Lunatic asylums Central Provinces reports 1886-1894 - 1886-1894
Year: 1886
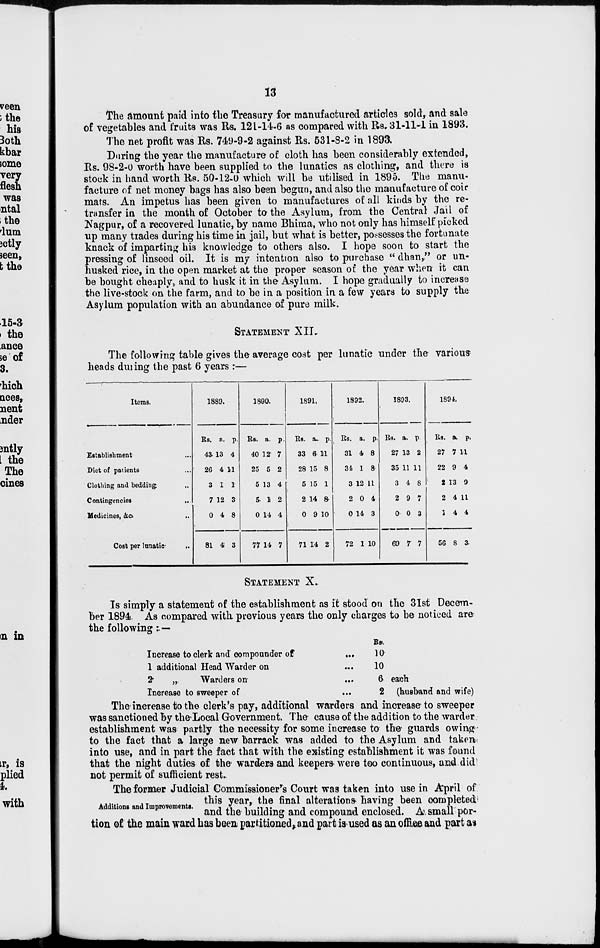
13
The amount paid into the Treasury for manufactured articles sold, and sale
of vegetables and fruits was Rs. 121-14-6 as compared with Rs. 31-11-1 in 1893.
The net profit was Rs. 749-9-2 against Rs. 531-8-2 in 1893.
During the year the manufacture of cloth has been considerably extended,
Rs. 98-2-0 worth have been supplied to the lunatics as clothing, and there is
stock in hand worth Rs. 50-12-0 which will be utilised in 1895. The manu-
facture of net money bags has also been begun, and also the manufacture of coir
mats. An impetus has been given to manufactures of all kinds by the re-
transfer in the month of October to the Asylum, from the Central Jail of
Nagpur, of a recovered lunatic, by name Bhima, who not only has himself picked
up many trades during his time in jail, but what is better, possesses the fortunate
knack of imparting his knowledge to others also. I hope soon to start the
pressing of linseed oil. It is my intention also to purchase " dhan," or un-
husked rice, in the open market at the proper season of the year when it can
be bought cheaply, and to husk it in the Asylum. I hope gradually to increase
the live-stock on the farm, and to be in a position in a few years to supply the
Asylum population with an abundance of pure milk.
STATEMENT
XII.
The following table gives the average cost per lunatic under the various
heads during the past 6 years :—
Items.
Establishment ...
Diet of patients ...
Clothing and bedding ...
Contingencies ...
Medicines, &c. ...
Cost per lunatic
...
1889.
Rs.
43
26
3
7
0
81
a.
13
4
1
12
4
4
p.
4
11
1
3
8
3
1890.
Rs.
40
25
5
5
0
77
a.
12
5
13
1
14
14
p.
7
2
4
2
4
7
1891.
Rs.
33
28
5
2
0
71
a.
6
15
15
14
9
14
p.
11
8
1
8
10
2
1892.
Rs.
31
34
3
2
0
72
a.
4
1
12
0
14
1
p.
8
8
11
4
3
10
1893.
Rs.
27
35
3
2
0
69
a.
13
11
4
9
0
7
p.
2
11
8
7
3
7
1894.
Rs.
27
22
2
2
1
56
a.
7
9
13
4
4
8
p.
11
4
9
11
4
3
STATEMENT X.
Is simply a statement of the establishment as it stood on the 31st Decem-
ber 1894. As compared with previous years the only charges to be noticed are
the following:.—
Increase to clerk and compounder of
...
1 additional Head Warder on ...
2
„ Warders on ...
Increase to sweeper of ...
Rs.
10
10
6 each
2 (husband and wife)
The increase to the clerk's pay, additional warders and increase to sweeper
was sanctioned by the Local Government. The cause of the addition to the warder
establishment was partly the necessity for some increase to the guards owing
to the fact that a large new barrack was added to the Asylum and taken
into use, and in part the fact that with the existing establishment it was found
that the night duties of the' warders and keepers were too continuous, and did
not permit of sufficient rest.
Additions and Improvements.
The former Judicial Commissioner's Court was taken into use in April of
this year, the final alterations having been completed
and the building and compound enclosed. A small por-
tion of the main ward has been partitioned,and part is used as an office and part as